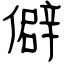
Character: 僻